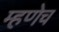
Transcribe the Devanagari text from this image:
म्हणेच